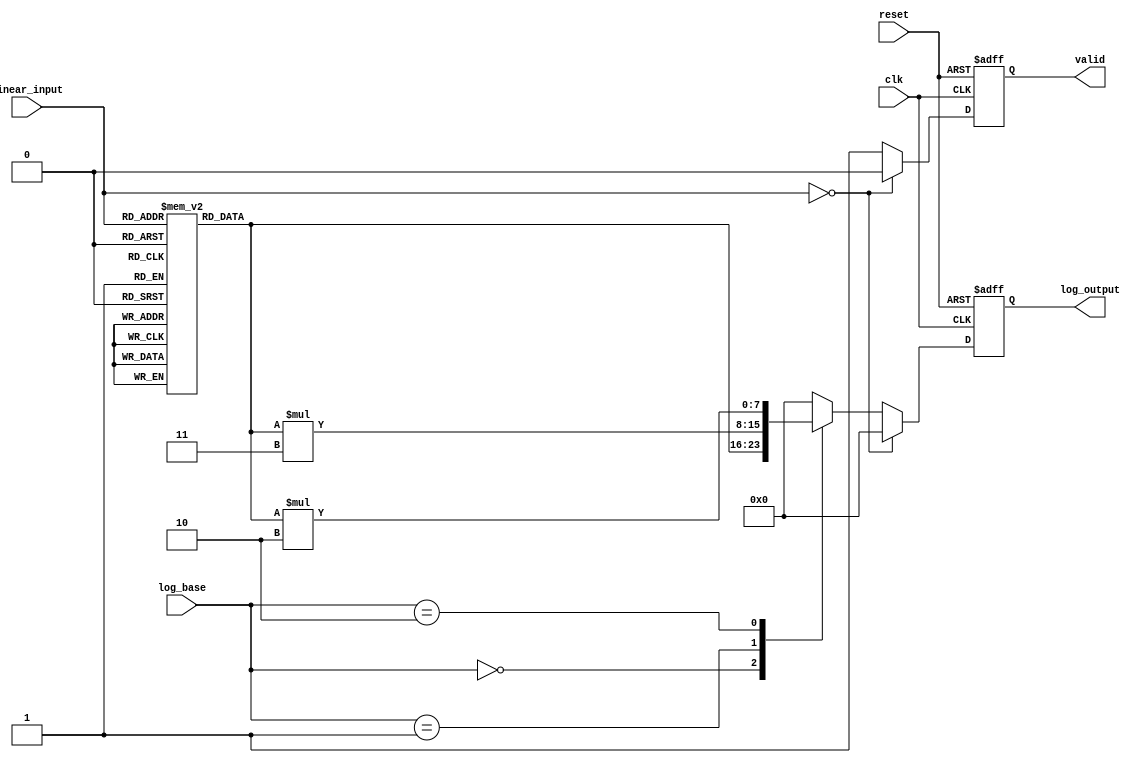
module LogarithmicScalingCircuit (
    input wire clk,                // Clock signal
    input wire reset,              // Reset signal
    input wire [7:0] linear_input, // 8-bit linear input (0 to 255)
    input wire [1:0] log_base,     // 00: base 2, 01: base 10, 10: natural log
    output reg [7:0] log_output,   // 8-bit logarithmic output
    output reg valid                // Output valid signal
);

    // Lookup table for logarithm values (base 2)
    reg [7:0] log_lut[0:255];
    
    initial begin
        // Populate the lookup table with log values (base 2)
        // For simplicity, we will use integer approximations
        // log_lut[0] = 0 (undefined, handled later)
        log_lut[1] = 0;   // log2(1) = 0
        log_lut[2] = 1;   // log2(2) = 1
        log_lut[3] = 1;   // log2(3)  1.585
        log_lut[4] = 2;   // log2(4) = 2
        log_lut[5] = 2;   // log2(5)  2.321
        // ... Fill in remaining values ...
        log_lut[255] = 8'd7; // Example value for log2(255)
    end

    always @(posedge clk or posedge reset) begin
        if (reset) begin
            log_output <= 8'b0;
            valid <= 1'b0;
        end else begin
            if (linear_input == 8'b0) begin
                log_output <= 8'b0; // Undefined log(0), output 0 or handle as needed
                valid <= 1'b0;
            end else begin
                case (log_base)
                    2'b00: log_output <= log_lut[linear_input]; // Base 2
                    2'b01: log_output <= log_lut[linear_input] * 8'd3; // Base 10 approximation (scale)
                    2'b10: log_output <= log_lut[linear_input] * 8'd2; // Natural log approximation (scale)
                    default: log_output <= 8'b0;
                endcase
                valid <= 1'b1;
            end
        end
    end

endmodule